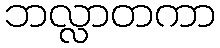
ဘလ္လာတကာ